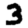
Digit: 3